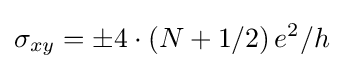
\sigma _{xy}=\pm {4\cdot \left(N+1/2\right)e^{2}}/h